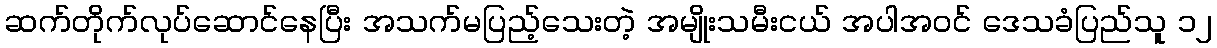
ဆက်တိုက်လုပ်ဆောင်နေပြီး အသက်မပြည့်သေးတဲ့ အမျိုးသမီးငယ် အပါအဝင် ဒေသခံပြည်သူ ၁၂